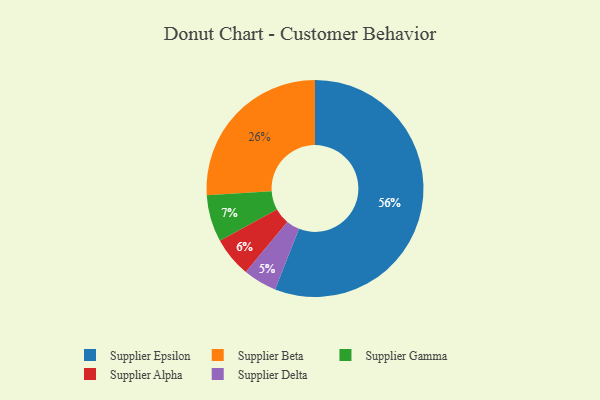
{"axis": {"x": "Category", "y": "Percentage"}, "legend": ["Supplier Alpha", "Supplier Beta", "Supplier Delta", "Supplier Epsilon", "Supplier Gamma"], "data": [{"x": "Supplier Epsilon", "y": 56, "type": "Supplier Epsilon"}, {"x": "Supplier Delta", "y": 5, "type": "Supplier Delta"}, {"x": "Supplier Alpha", "y": 6, "type": "Supplier Alpha"}, {"x": "Supplier Gamma", "y": 7, "type": "Supplier Gamma"}, {"x": "Supplier Beta", "y": 26, "type": "Supplier Beta"}]}